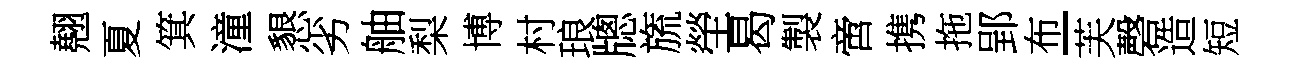
翹夏箕潼懇劣舳梨博村琅牕旒塋曷製啻携拖郢布-芙磬造短